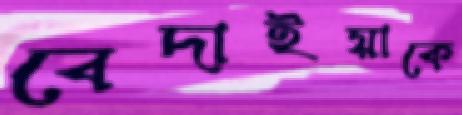
বেদাইয়াকে